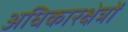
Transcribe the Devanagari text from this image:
अधिकारक्षेत्रों